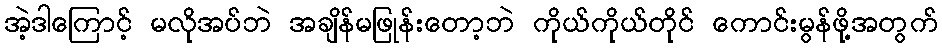
အဲ့ဒါကြောင့် မလိုအပ်ဘဲ အချိန်မဖြုန်းတော့ဘဲ ကိုယ်ကိုယ်တိုင် ကောင်းမွန်ဖို့အတွက်